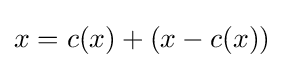
x={c(x)}+{(x-{c(x)})}